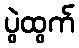
ပွဲထွက်